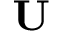
\mathbf { U }